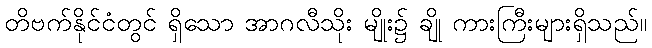
တိဗက်နိုင်ငံတွင် ရှိသော အာဂလီသိုး မျိုး၌ ချို ကားကြီးများရှိသည်။